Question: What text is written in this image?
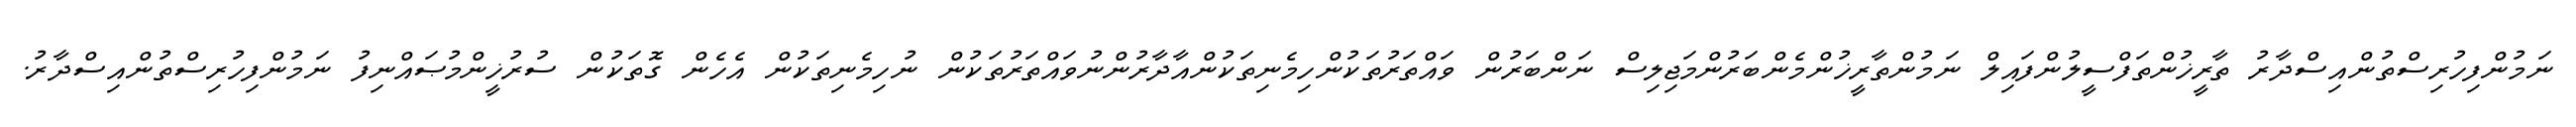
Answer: ނަމުންފިހުރިސްތުންއިސްދާރު ތާރީޚުންތަފްސީލުންފައިލް ނަމުންތާރީޚުންމެންބަރުންމަޖިލިސް ނަންބަރުން ވައްތަރުތަކުންހިމެނިތަކުންއާދާރުންނުވައްތަރުތަކުން ނުހިމެނިތަކުން އެހެން ގޮތަކުން ސުރުޚީންމުޞައްނިފު ނަމުންފިހުރިސްތުންއިސްދާރު.